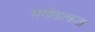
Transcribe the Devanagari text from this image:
संगीतात्कता